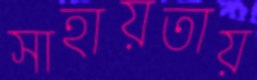
সাহায়তায়